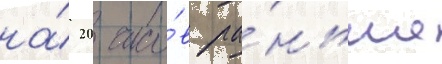
на́ 20 часо́в ра́ньше